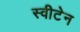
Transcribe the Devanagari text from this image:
स्वीटेन